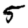
Digit: 5